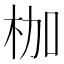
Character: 枷